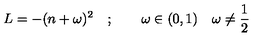
L = - ( n + \omega ) ^ { 2 } \quad ; \qquad \omega \in ( 0 , 1 ) \quad \omega \neq \frac { 1 } { 2 }